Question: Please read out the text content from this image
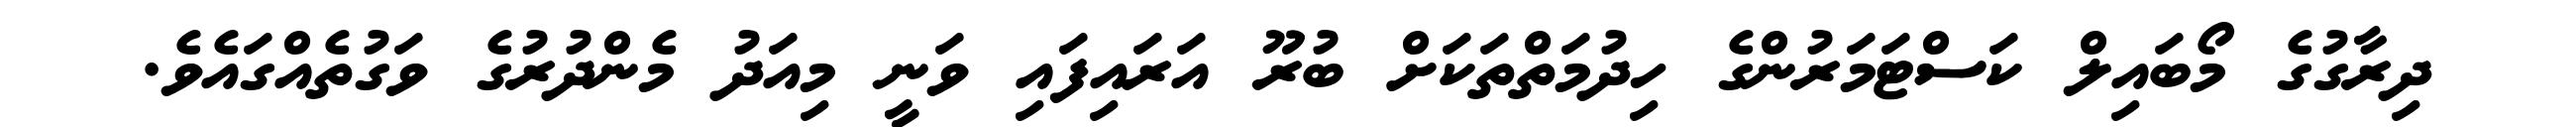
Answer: ދިރާގުގެ މޯބައިލް ކަސްޓަމަރުންގެ ހިދުމަތްތަކަށް ބުރޫ އަރައިފައި ވަނީ މިއަދު މެންދުރުގެ ވަގުތެއްގައެވެ.